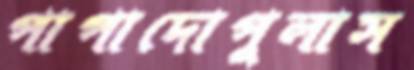
পাপাদোপুলাস